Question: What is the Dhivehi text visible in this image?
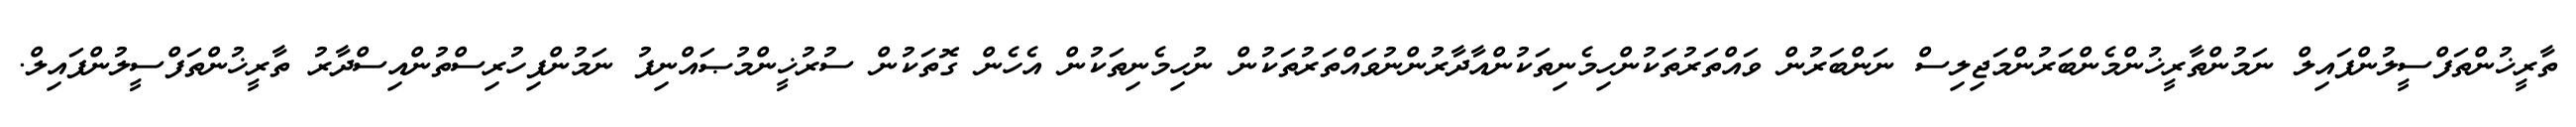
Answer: ތާރީޚުންތަފްސީލުންފައިލް ނަމުންތާރީޚުންމެންބަރުންމަޖިލިސް ނަންބަރުން ވައްތަރުތަކުންހިމެނިތަކުންއާދާރުންނުވައްތަރުތަކުން ނުހިމެނިތަކުން އެހެން ގޮތަކުން ސުރުޚީންމުޞައްނިފު ނަމުންފިހުރިސްތުންއިސްދާރު ތާރީޚުންތަފްސީލުންފައިލް.